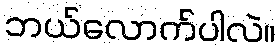
ဘယ်လောက်ပါလဲ။